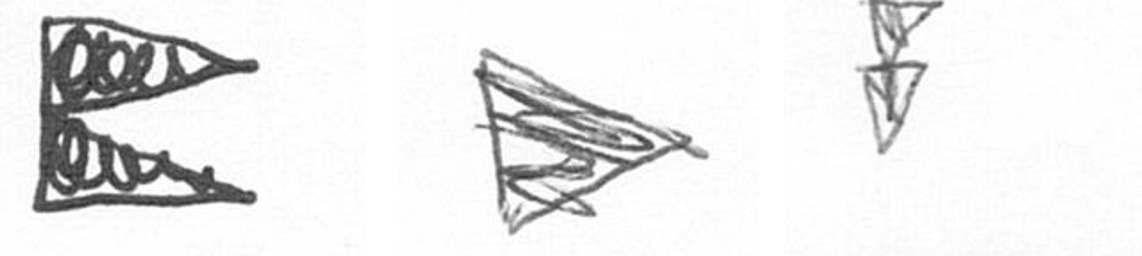
P T Z